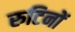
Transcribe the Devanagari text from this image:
रुटिनों